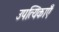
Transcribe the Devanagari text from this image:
उपत्यिकाएँ